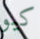
كيو